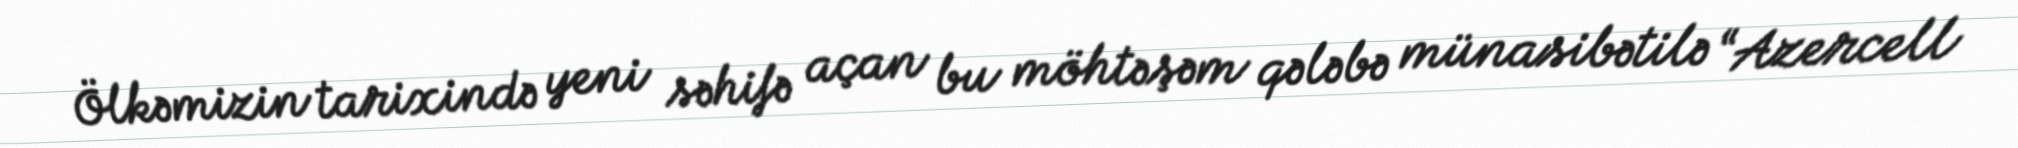
Ölkəmizin tarixində yeni səhifə açan bu möhtəşəm qələbə münasibətilə “Azercell